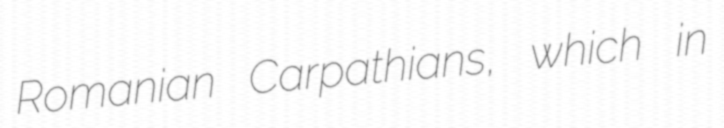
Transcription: Romanian Carpathians, which in